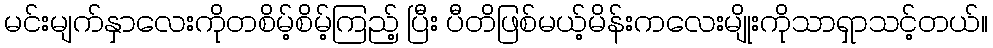
မင်းမျက်နှာလေးကိုတစိမ့်စိမ့်ကြည့် ပြီး ပီတိဖြစ်မယ့်မိန်းကလေးမျိုးကိုသာရှာသင့်တယ်။